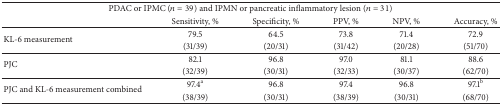
<table><thead><tr><td colspan="6"><b>PDAC or IPMC (<i>n</i> = 39) and IPMN or pancreatic inflammatory lesion (<i>n</i> = 31)</b></td></tr><tr><td><b> </b></td><td><b>Sensitivity, %</b></td><td><b>Specificity, %</b></td><td><b>PPV, %</b></td><td><b>NPV, %</b></td><td><b>Accuracy, %</b></td></tr></thead><tbody><tr><td rowspan="2">KL-6 measurement</td><td>79.5</td><td>64.5</td><td>73.8</td><td>71.4</td><td>72.9</td></tr><tr><td>(31/39)</td><td>(20/31)</td><td>(31/42)</td><td>(20/28)</td><td>(51/70)</td></tr><tr><td rowspan="2">PJC</td><td>82.1</td><td>96.8</td><td>97.0</td><td>81.1</td><td>88.6</td></tr><tr><td>(32/39)</td><td>(30/31)</td><td>(32/33)</td><td>(30/37)</td><td>(62/70)</td></tr><tr><td rowspan="2">PJC and KL-6 measurement combined</td><td>97.4<sup>a</sup></td><td>96.8</td><td>97.4</td><td>96.8</td><td>97.1<sup>b</sup></td></tr><tr><td>(38/39)</td><td>(30/31)</td><td>(38/39)</td><td>(30/31)</td><td>(68/70)</td></tr></tbody></table>